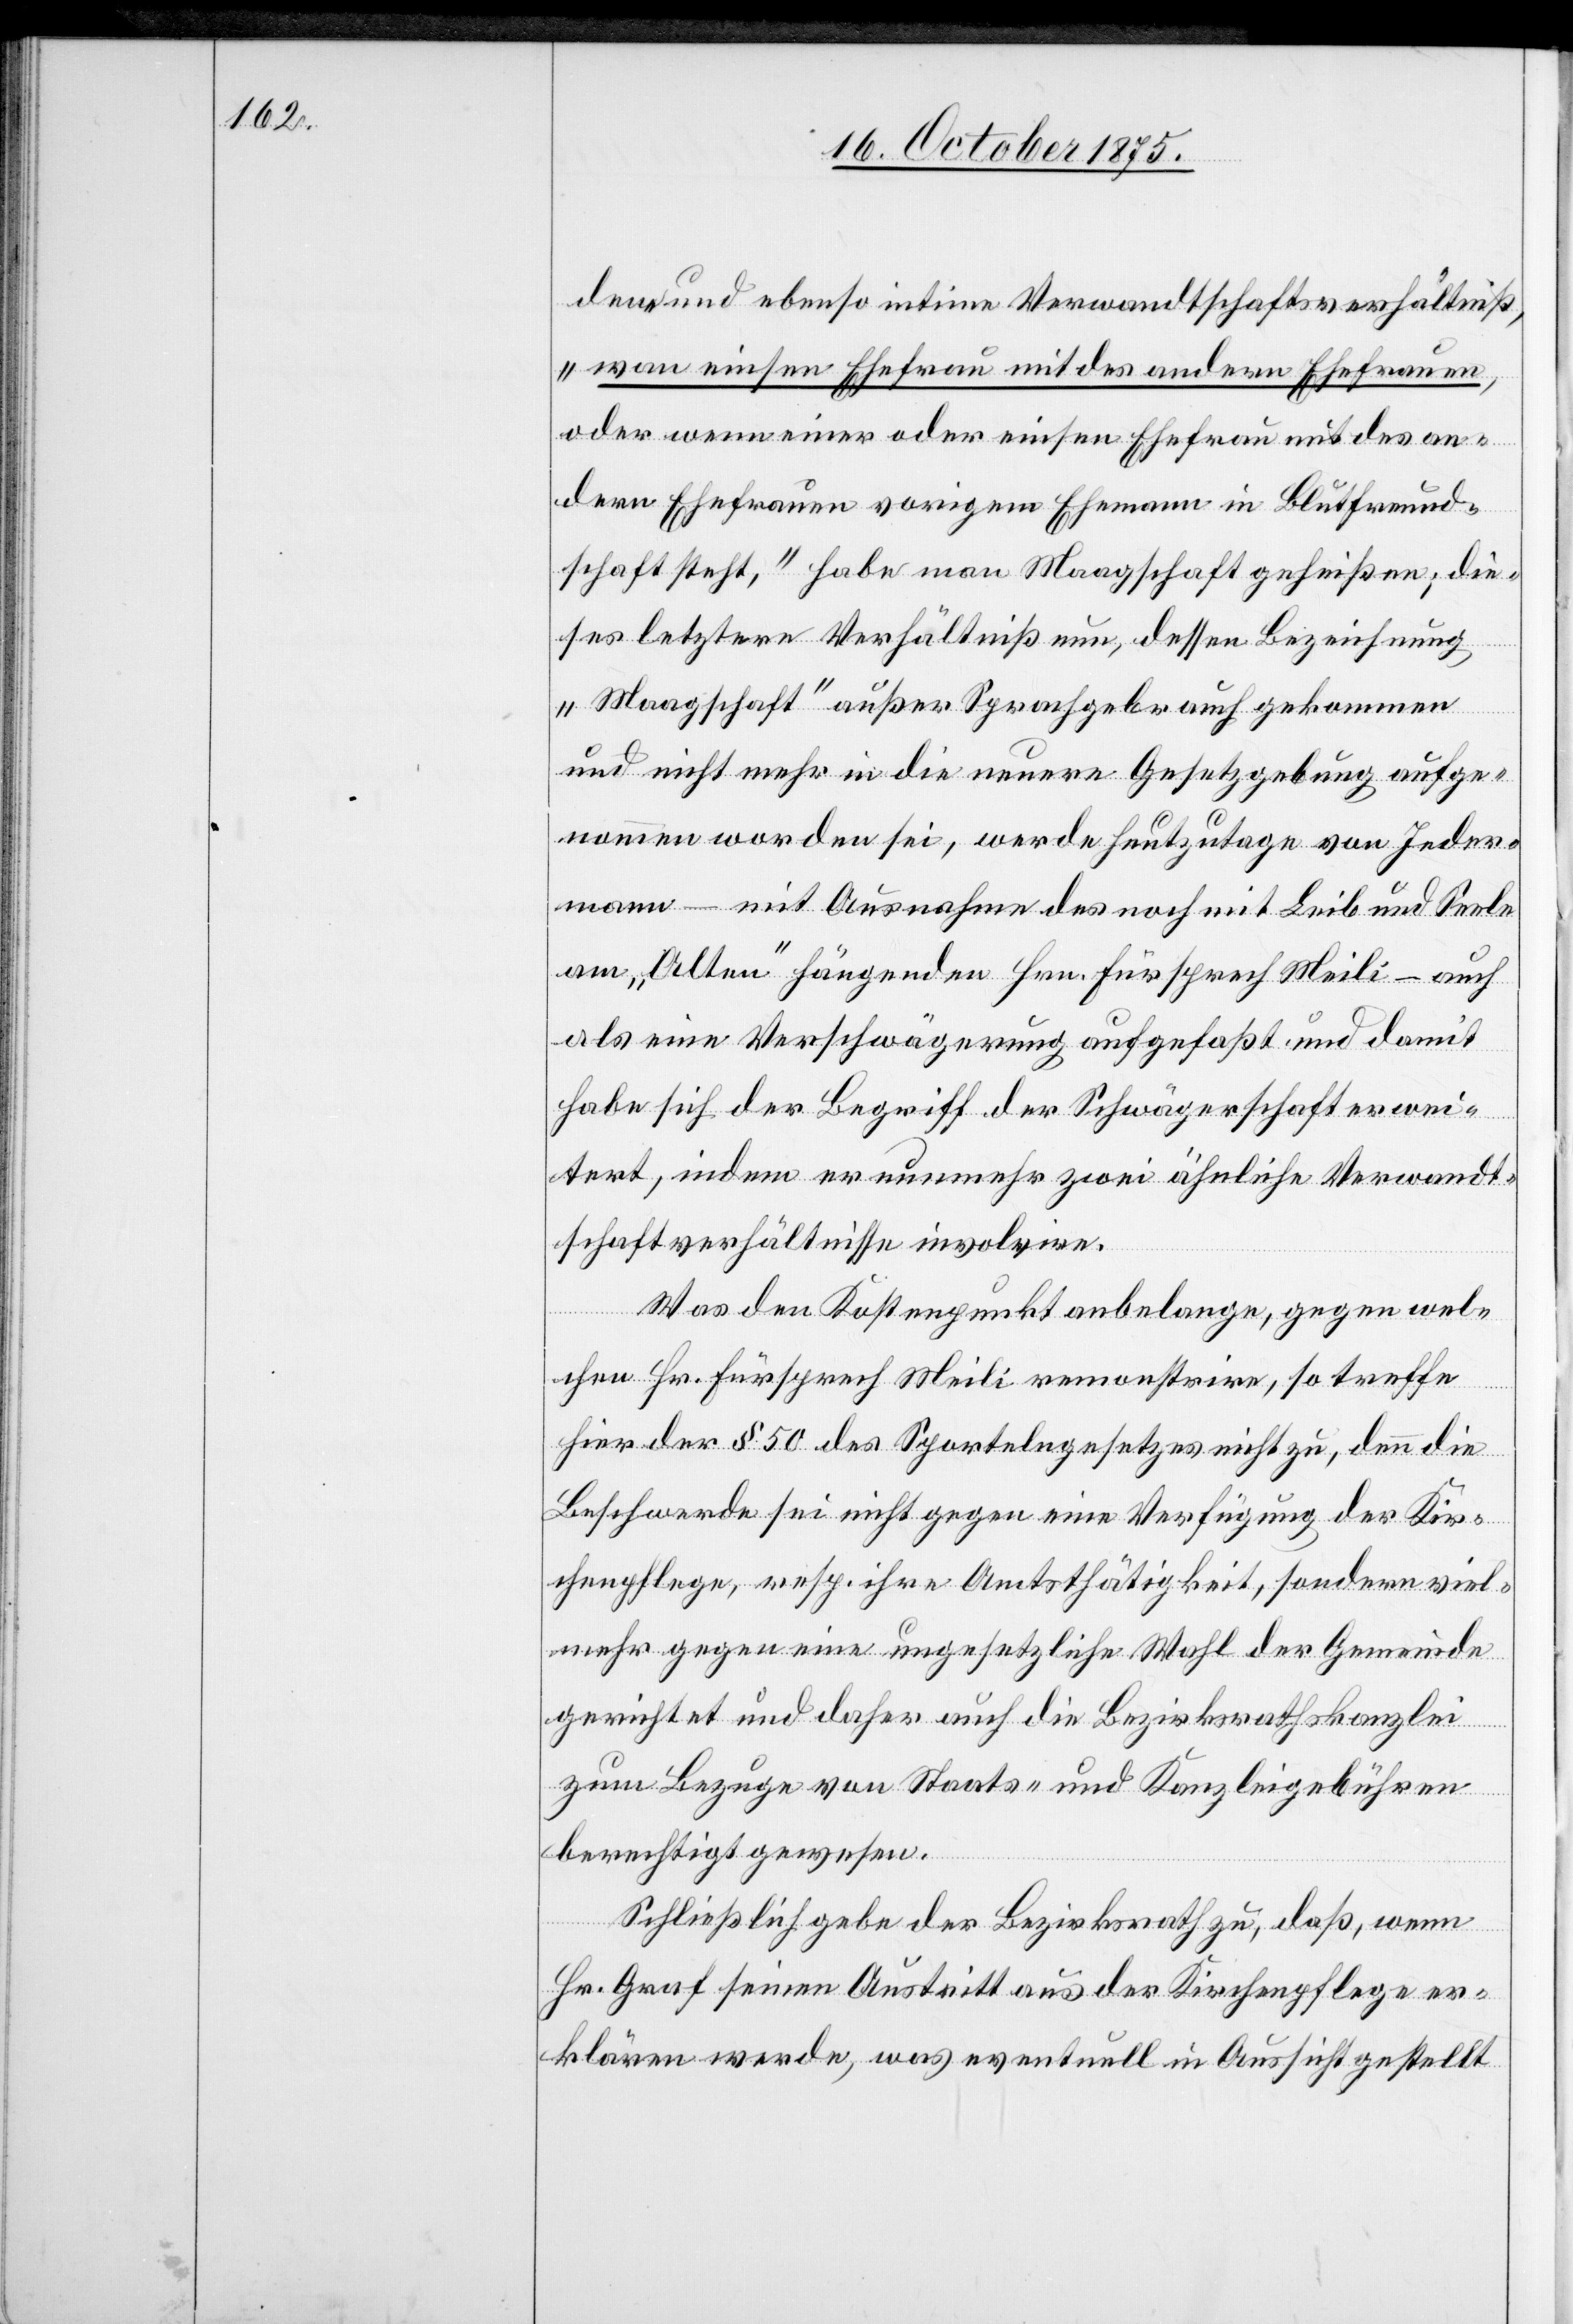
dene und ebenso intime Verwandtschaftsverhältniß,
„wan einsen Ehefrau mit des andern Ehefrauen,
oder wenn einer oder einsen Ehefrau mit des an¬
dern Ehefrauen vorigem Ehemann in Blutfreund¬
schaft steht,“ habe man Maagschaft geheißen; die¬
ses letztere Verhältniß nun, dessen Bezeichnung
„Maagschaft“ außer Sprachgebrauch gekommen
und nicht mehr in die neuere Gesetzgebung aufge¬
nommen worden sei, werde heutzutage von Jeder¬
mann – mit Ausnahme des noch mit Leib und Seele
am „Alten“ hängenden Hrn. Fürsprech Meili – auch
als eine Verschwägerung aufgefaßt und damit
habe sich der Begriff der Schwägerschaft erwei¬
tert, indem er nunmehr zwei ähnliche Verwandt¬
schaftverhältnisse involvire.
Was den Kostenpunkt anbelange, gegen wel¬
chen Hr. Fürsprech Meili remonstrire, so treffe
hier der § 50 des Sportelngesetzes nicht zu, denn die
Beschwerde sei nicht gegen eine Verfügung der Kir¬
chenpflege, resp. ihre Amtsthätigkeit, sondern viel¬
mehr gegen eine ungesetzliche Wahl der Gemeinde
gerichtet und daher auch die Bezirksrathskanzlei
zum Bezuge von Staats- und Kanzleigebühren
berechtigt gewesen.
Schließlich gebe der Bezirksrath zu, daß, wenn
Hr. Graf seinen Austritt aus der Kirchenpflege er¬
klären werde, was eventuell in Aussicht gestellt